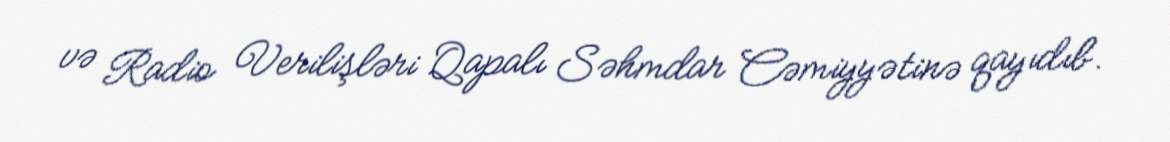
və Radio Verilişləri Qapalı Səhmdar Cəmiyyətinə qayıdıb.